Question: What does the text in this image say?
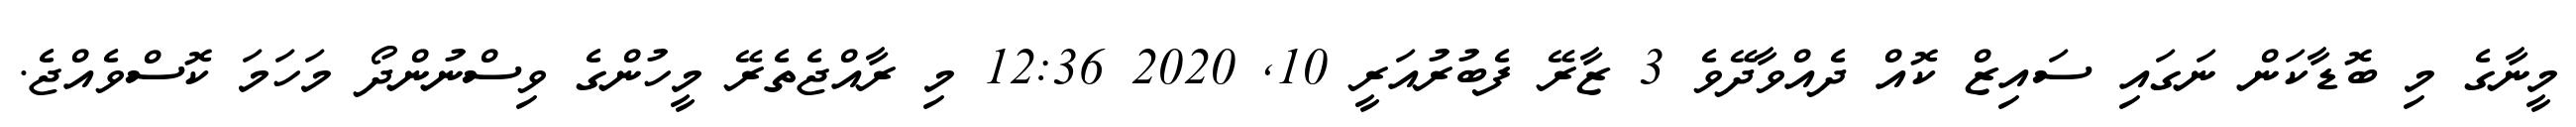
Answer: މީނާގެ މި ބޮޑާކަން ނަގައި ސައިޒް ކޮއް ދެއްވާދޭވެ 3 ޒާރޭ ފެބުރުއަރީ 10, 2020 12:36 މި ރާއްޖެތެރޭ މީހުންގެ ވިސްނުންދޯ މަހަމަ ކޮސްވެއްޖެ.